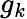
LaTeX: g_{k}